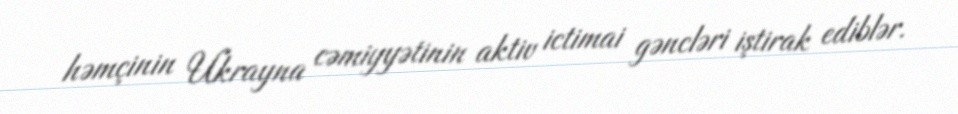
həmçinin Ukrayna cəmiyyətinin aktiv ictimai gəncləri iştirak ediblər.